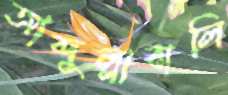
আব্দুল্লাবালি